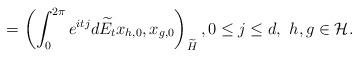
LaTeX: \begin{align*}= \left( \int_0^{2\pi} e^{itj} d \widetilde E_t x_{h,0},x_{g,0} \right)_{\widetilde H},0\leq j\leq d,\ h,g\in \mathcal{H}. \end{align*}